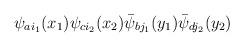
LaTeX: \begin{align*}\psi_{a i_1}(x_1)\psi_{c i_2}(x_2)\bar\psi_{b j_1}(y_1)\bar\psi_{d j_2}(y_2)\end{align*}